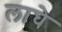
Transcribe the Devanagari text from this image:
लाघे